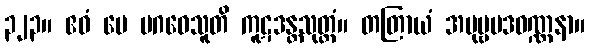
၃၂၃။ ဧဝံ မေ မဂဓေသူတိ ကူဋဒန္တသုတ္တံ။ တတြာယံ အပုဗ္ဗပဒဝဏ္ဏနာ။